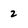
Character: 2